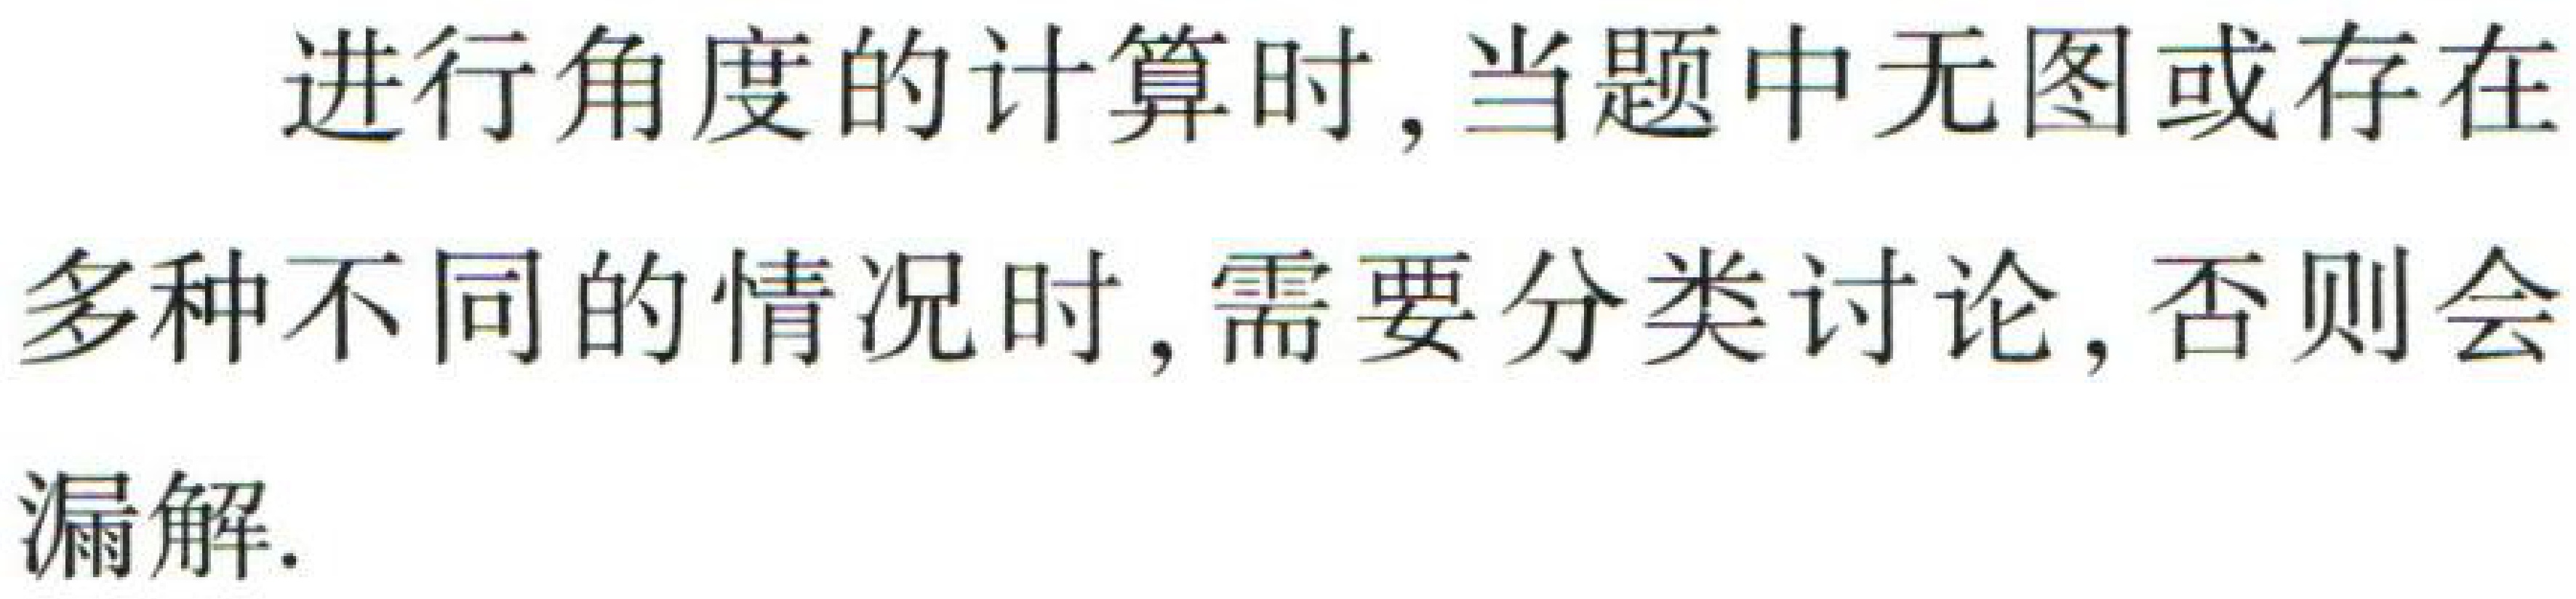
进行角度的计算时, 当题中无图或存在多种不同的情况时, 需要分类讨论, 否则会漏解.